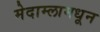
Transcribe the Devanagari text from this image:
मेदाम्लामधून